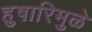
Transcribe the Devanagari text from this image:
हुषारिमुळे